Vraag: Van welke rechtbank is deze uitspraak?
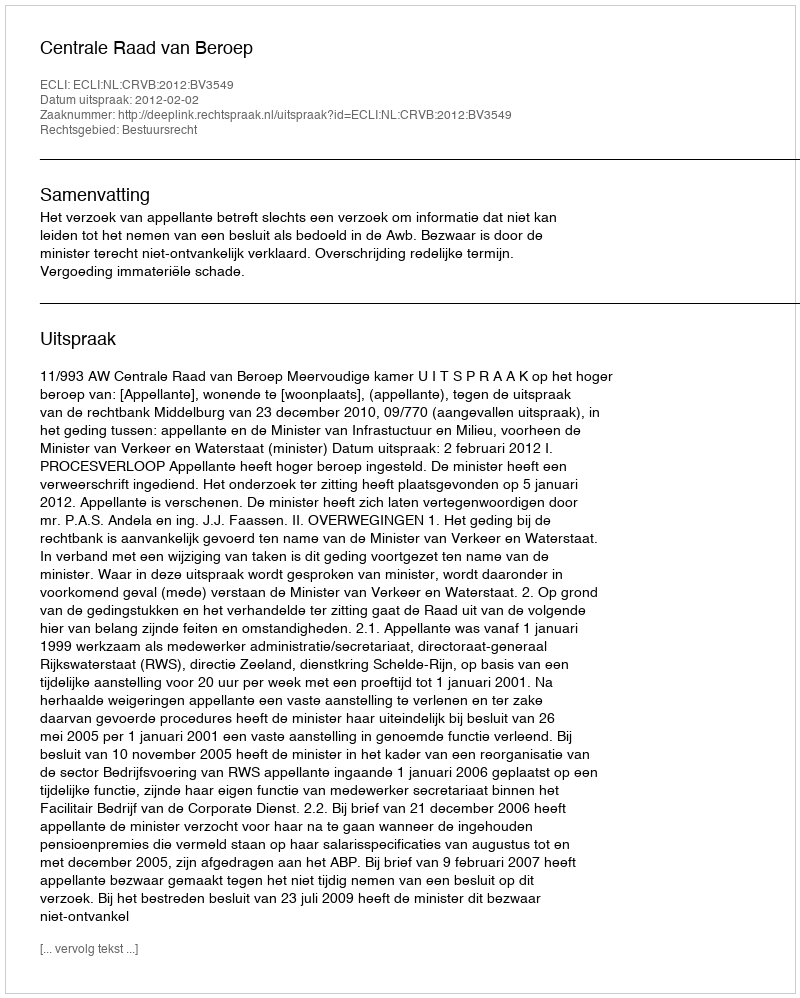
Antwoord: Centrale Raad van Beroep